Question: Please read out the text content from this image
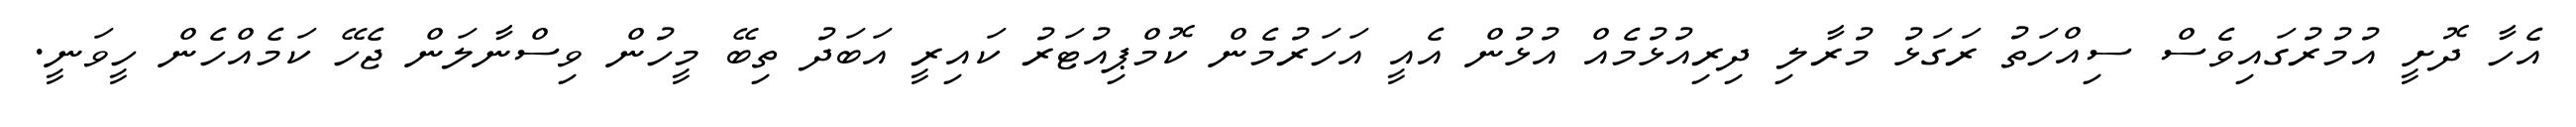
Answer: އެހާ ދޮށީ އުމުރުގައިވެސް ސިއްހަތު ރަގަޅު މުރާލި ދިރިއުޅުމެއް އުޅުން އެއީ އަހަރުމެން ކޮމްޕިއުޓަރު ކައިރީ އަބަދު ތިބޭ މީހުން ވިސްނާލަން ޖެހޭ ކަމެއްހެން ހީވަނީ.